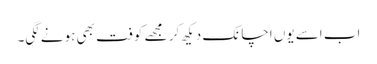
اب اسے یوں اچانک دیکھ کر مجھے کوفت بھی ہونے لگی۔